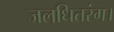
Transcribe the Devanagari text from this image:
जलधितरंग।